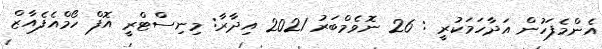
އެންމެފަހުން އަދާހަމަކުރީ : 26 ނޮވެމްބަރު 2021 އިދާރާ: މިނިސްޓްރީ އޮފް ހޯމްއެފެއާޒް